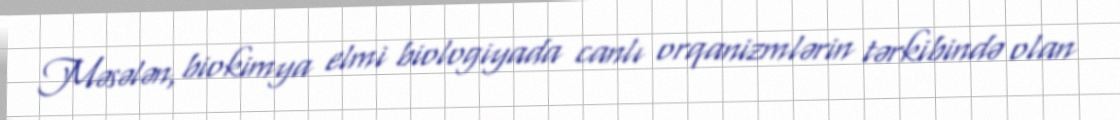
Məsələn, biokimya elmi biologiyada canlı orqanizmlərin tərkibində olan